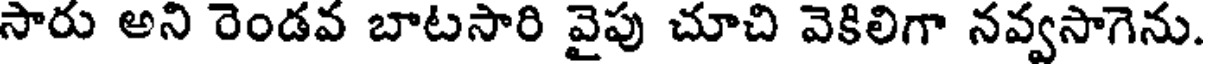
సారు అని రెండవ బాటసారి వైపు చూచి వెకిలిగా నవ్వసాగెను.